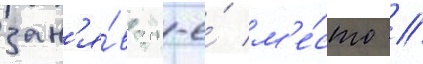
зан'я́в 20-е́ м'е́сто //